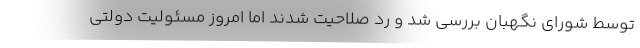
توسط شورای نگهبان بررسی شد و رد صلاحیت شدند اما امروز مسئولیت دولتی